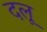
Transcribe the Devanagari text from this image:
दलू